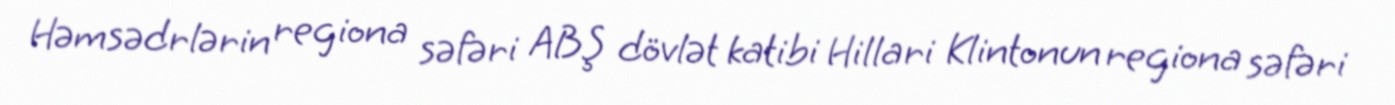
Həmsədrlərin regiona səfəri ABŞ dövlət katibi Hillari Klintonun regiona səfəri